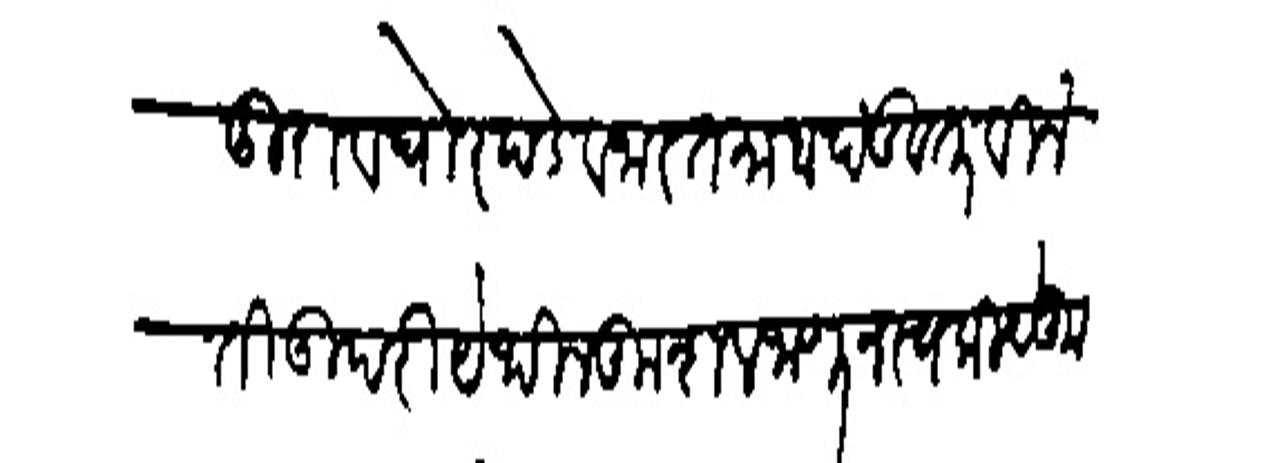
Transliteration (Devanagari): हिदुराव धोरपडे वजारतमाब दंडवत् विनंती उ्परि येथील कुशल जाणून स्वकीये कुदाल